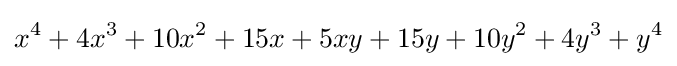
x^{4}+4x^{3}+10x^{2}+15x+5xy+15y+10y^{2}+4y^{3}+y^{4}